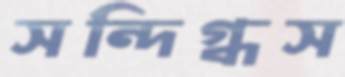
সন্দিগ্ধস